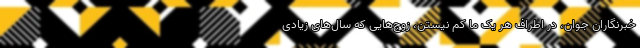
خبرنگاران جوان، در اطراف هر یک ما کم نیستن، زوج‌هایی که سال‌های زیادی